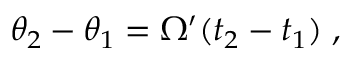
\theta _ { 2 } - \theta _ { 1 } = \Omega ^ { \prime } ( t _ { 2 } - t _ { 1 } ) \; ,